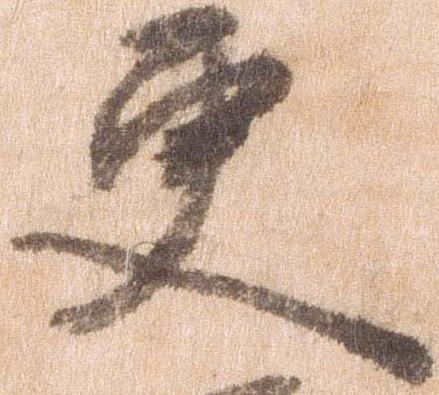
更